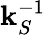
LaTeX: \mathbf{k}_{S}^{-1}